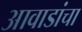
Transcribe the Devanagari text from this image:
आवाडांचा